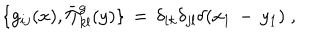
LaTeX: \{ g _ { i j } ( x ) , \bar { \Pi } _ { k l } ^ { g } ( y ) \} \, = \, \delta _ { i k } \delta _ { j l } \delta ( x _ { 1 } \, - \, y _ { 1 } ) \; ,